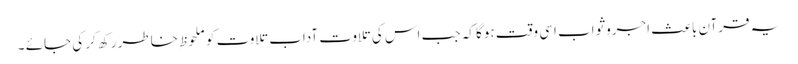
یہ قرآن باعث اجروثواب اسی وقت ہوگا کہ جب اس کی تلاوت آدابِ تلاوت کو ملحوظ ِخاطر رکھ کر کی جائے ۔